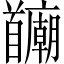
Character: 𫗻